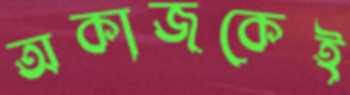
অকাজকেই